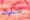
تلك